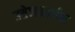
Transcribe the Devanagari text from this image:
उत्तेजनार्थक